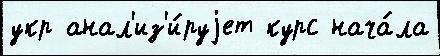
укр анал'из'и́руjет курс нача́ла